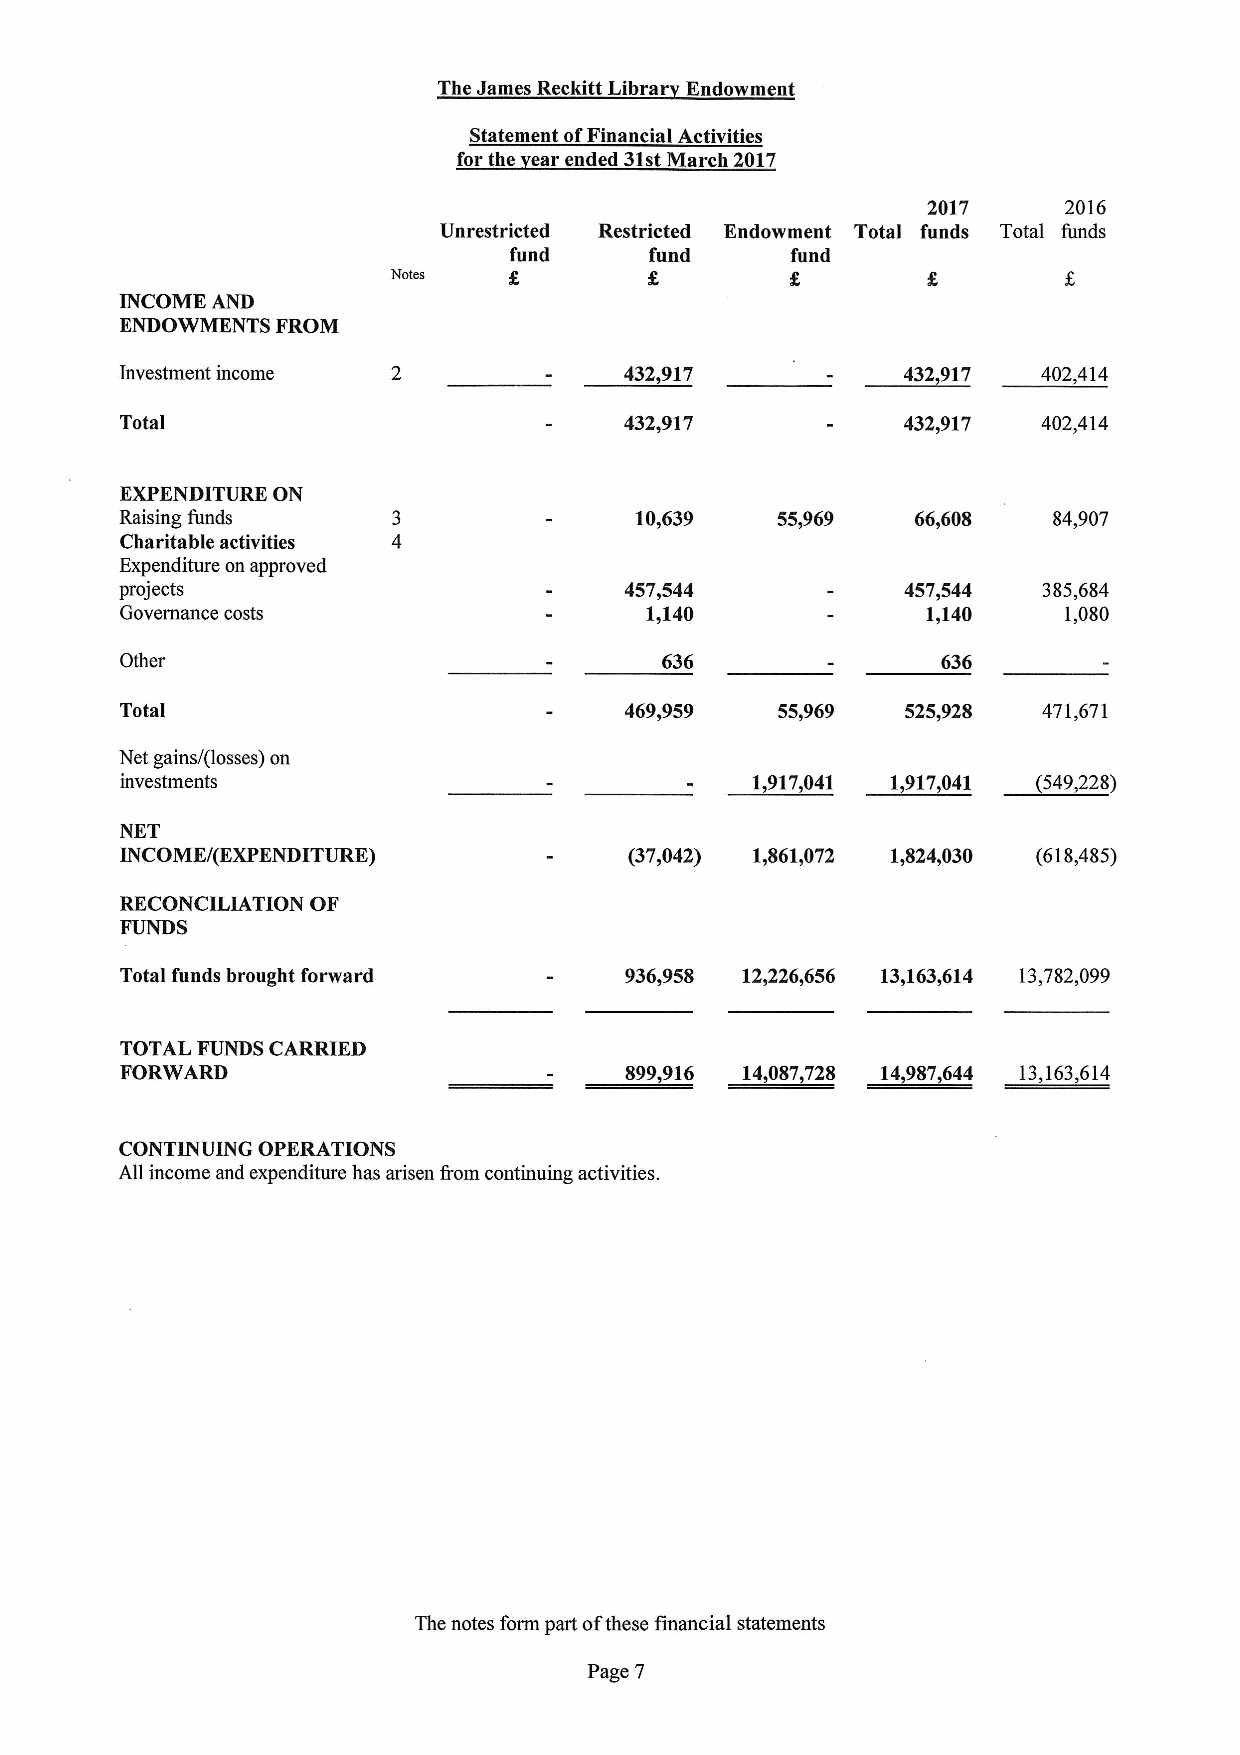
The James Reckitt Libra Endowment
 Statement ofFinancial Activities
 for the ear ended 31stMarch 2017
 2017     2016
 Unrestricted Restricted Endowment Total funds Total funds
 fund     fund     fund
 Notes
 INCOME AND
 ENDOWMENTS FROM
 Investment income                432,917            432,917  402,414
 Total                            432,917            432,917  402,414
 EXPENDITURE ON
 Raising funds                     10,639   55,969    66,608   84,907
 Charitable activities
 Expenditure on approved
 projects                         457,544            457,544  385,684
 Governance costs                   1,140             1,140    1,080
 Other                               636               636
 Total                            469,959   55,969   525,928  471,671
 Net gains/(losses) on
 investments                               1,917,041 1,917,041 (549,228)
 NET
 INCOME/(EXPENDITURE)              (37,042) 1,861,072 1,824,030 (618,485)
 RECONCILIATION OF
 FUNDS
 Total funds brought forward      936,958 12,226,656 13,163,614 13,782,099
 TOTAL FUNDS CARRIED
 FORWARD                          899,916 14,087,728 14,987,644 13,163,614
 CONTINUING OPERATIONS
 All income and expenditure has arisen from continuing activities.
 The notes form part ofthese financial statements
 Page 7